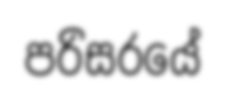
පරිසරයේ